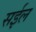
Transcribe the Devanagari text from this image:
सईल